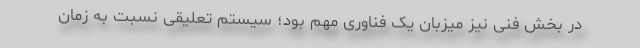
در بخش فنی نیز میزبان یک فناوری مهم بود؛ سیستم تعلیقی نسبت به زمان